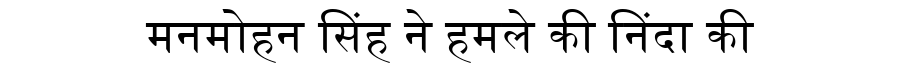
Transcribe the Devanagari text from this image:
मनमोहन सिंह ने हमले की निंदा की